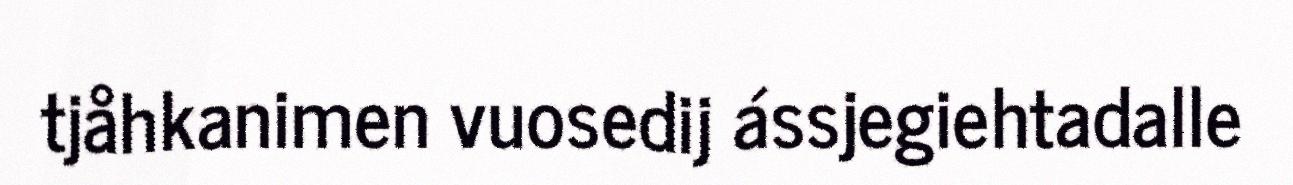
tjåhkanimen vuosedij ássjegiehtadalle